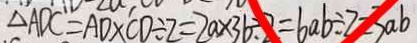
\Delta A D C = A D \times C D \div 2 = 2 a \times 3 6 \div 2 = 6 a b \div 2 = 3 a b